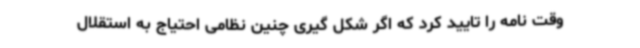
وقت نامه را تایید کرد که اگر شکل گیری چنین نظامی احتیاج به استقلال